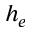
h _ { e }